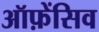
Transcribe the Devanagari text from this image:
ऑफ़ेंसिव